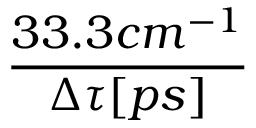
\frac { 3 3 . 3 c m ^ { - 1 } } { \Delta \tau [ p s ] }